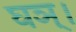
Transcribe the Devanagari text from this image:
घञ्।